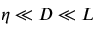
\eta \ll D \ll L